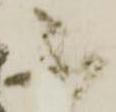
不